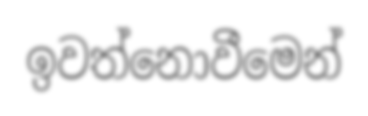
ඉවත්නොවීමෙන්